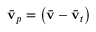
\bar { \mathbf { v } } _ { p } = \left( \bar { \mathbf { v } } - \bar { \mathbf { v } } _ { t } \right)